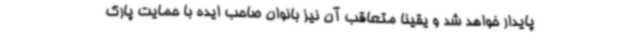
پایدار خواهد شد و یقیناً متعاقب آن نیز بانوان صاحب ایده با حمایت پارک